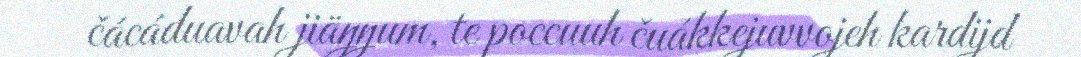
čácáduavah jiäŋŋum, te poccuuh čuákkejuvvojeh kardijd